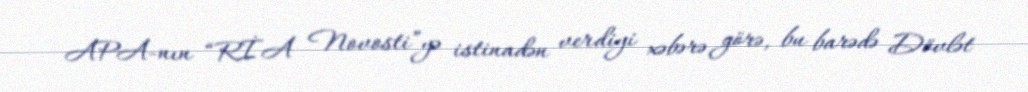
APA-nın “RİA Novosti”yə istinadən verdiyi xəbərə görə, bu barədə Dövlət